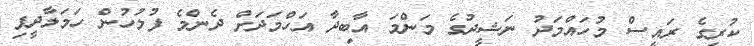
ކުރީގެ ރައީސް މުހައްމަދު ނަޝީދުގެ މަންމަ އާބިދާ އަހްމަދަށް ދެންމެ ފުލުހުން ހަމަލާދީފި